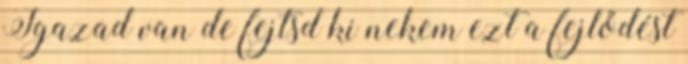
Igazad van de fejtsd ki nekem ezt a fejlődést